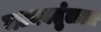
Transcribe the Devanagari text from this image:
मध्यवर्तुळात